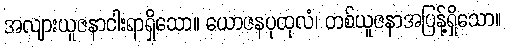
အလျားယူဇနာငါးရာရှိသော။ ယောဇနပုထုလံ၊ တစ်ယူဇနာအပြန့်ရှိသော။